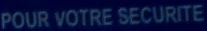
POUR VOTRE SECURITE